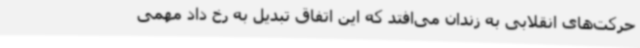
حرکت‌های انقلابی به زندان می‌افتد که این اتفاق تبدیل به رخ داد مهمی